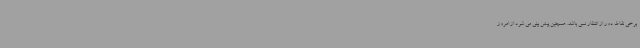
برخی نقاط دور از انتظار نمی باشد. همچنین پیش بینی می شود از امروز